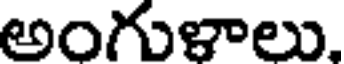
అంగుళాలు.